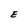
Character: E